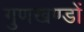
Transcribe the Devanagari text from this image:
गुणखण्डों